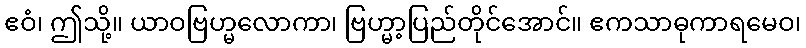
ဧဝံ၊ ဤသို့။ ယာဝဗြဟ္မလောကာ၊ ဗြဟ္မာ့ပြည်တိုင်အောင်။ ဧကသာဓုကာရမေဝ၊